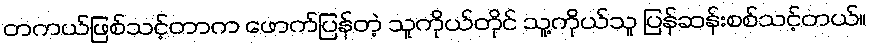
တကယ်ဖြစ်သင့်တာက ဖောက်ပြန်တဲ့ သူကိုယ်တိုင် သူ့ကိုယ်သူ ပြန်ဆန်းစစ်သင့်တယ်။